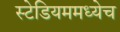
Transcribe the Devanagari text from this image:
स्टेडियममध्येच